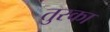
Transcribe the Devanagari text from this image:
तुरका